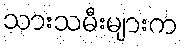
သားသမီးများက